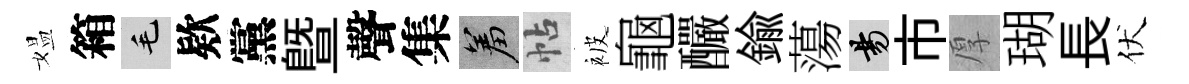
媪箱毛欵黨暨聲集羞帖被龜釅鍮蕩昜市厚瑚長伏